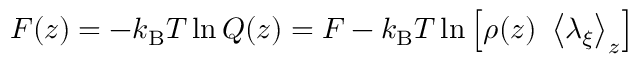
F ( z ) = - k _ { \mathrm { B } } T \ln Q ( z ) = F - k _ { \mathrm { B } } T \ln \left[ \rho ( z ) \ \left< \lambda _ { \xi } \right> _ { z } \right]